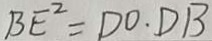
B E ^ { 2 } = D O \cdot D B